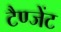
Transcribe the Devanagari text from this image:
टैण्जेंट